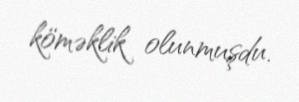
köməklik olunmuşdu.